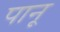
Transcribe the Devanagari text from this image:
पानू